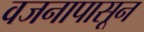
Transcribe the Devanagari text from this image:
वजनापासून